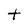
Character: t